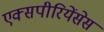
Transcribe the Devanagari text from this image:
एक्सपीरियेंसेस